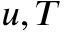
u , T